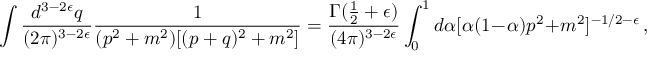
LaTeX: \int { \frac { d ^ { 3 - 2 \epsilon } q } { ( 2 \pi ) ^ { 3 - 2 \epsilon } } } { \frac { 1 } { ( p ^ { 2 } + m ^ { 2 } ) [ ( p + q ) ^ { 2 } + m ^ { 2 } ] } } = { \frac { \Gamma ( \textstyle { \frac { 1 } { 2 } } + \epsilon ) } { ( 4 \pi ) ^ { 3 - 2 \epsilon } } } \int _ { 0 } ^ { 1 } d \alpha [ \alpha ( 1 - \alpha ) p ^ { 2 } + m ^ { 2 } ] ^ { - 1 / 2 - \epsilon } \, ,